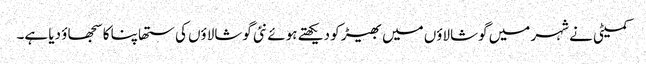
کمیٹی نے شہر میں گوشالاؤں میں بھیڑ کو دیکھتے ہوئے نئی گوشالاؤں کی ستھاپنا کا سجھاؤ دیا ہے۔